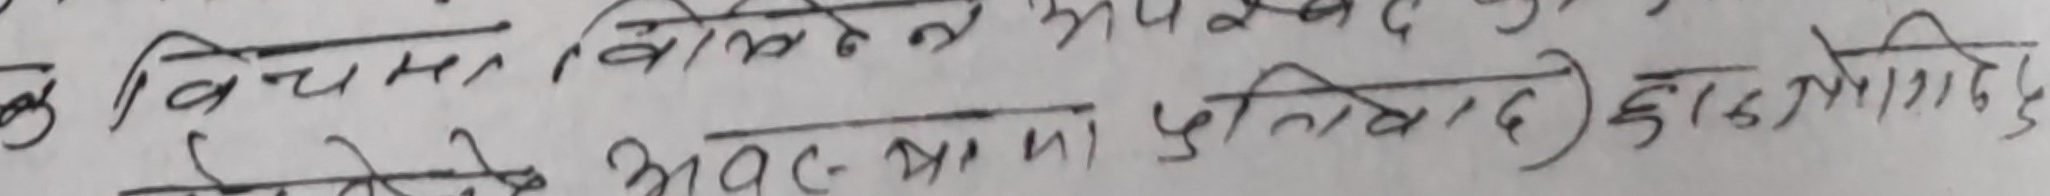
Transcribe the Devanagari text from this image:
क विचरण, विलोकन, अपशब्द के
अवर आम) प्रातिवाद दुर्व्यवहार